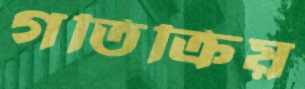
গতিক্রিয়